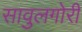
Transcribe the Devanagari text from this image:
सावुलगोरी